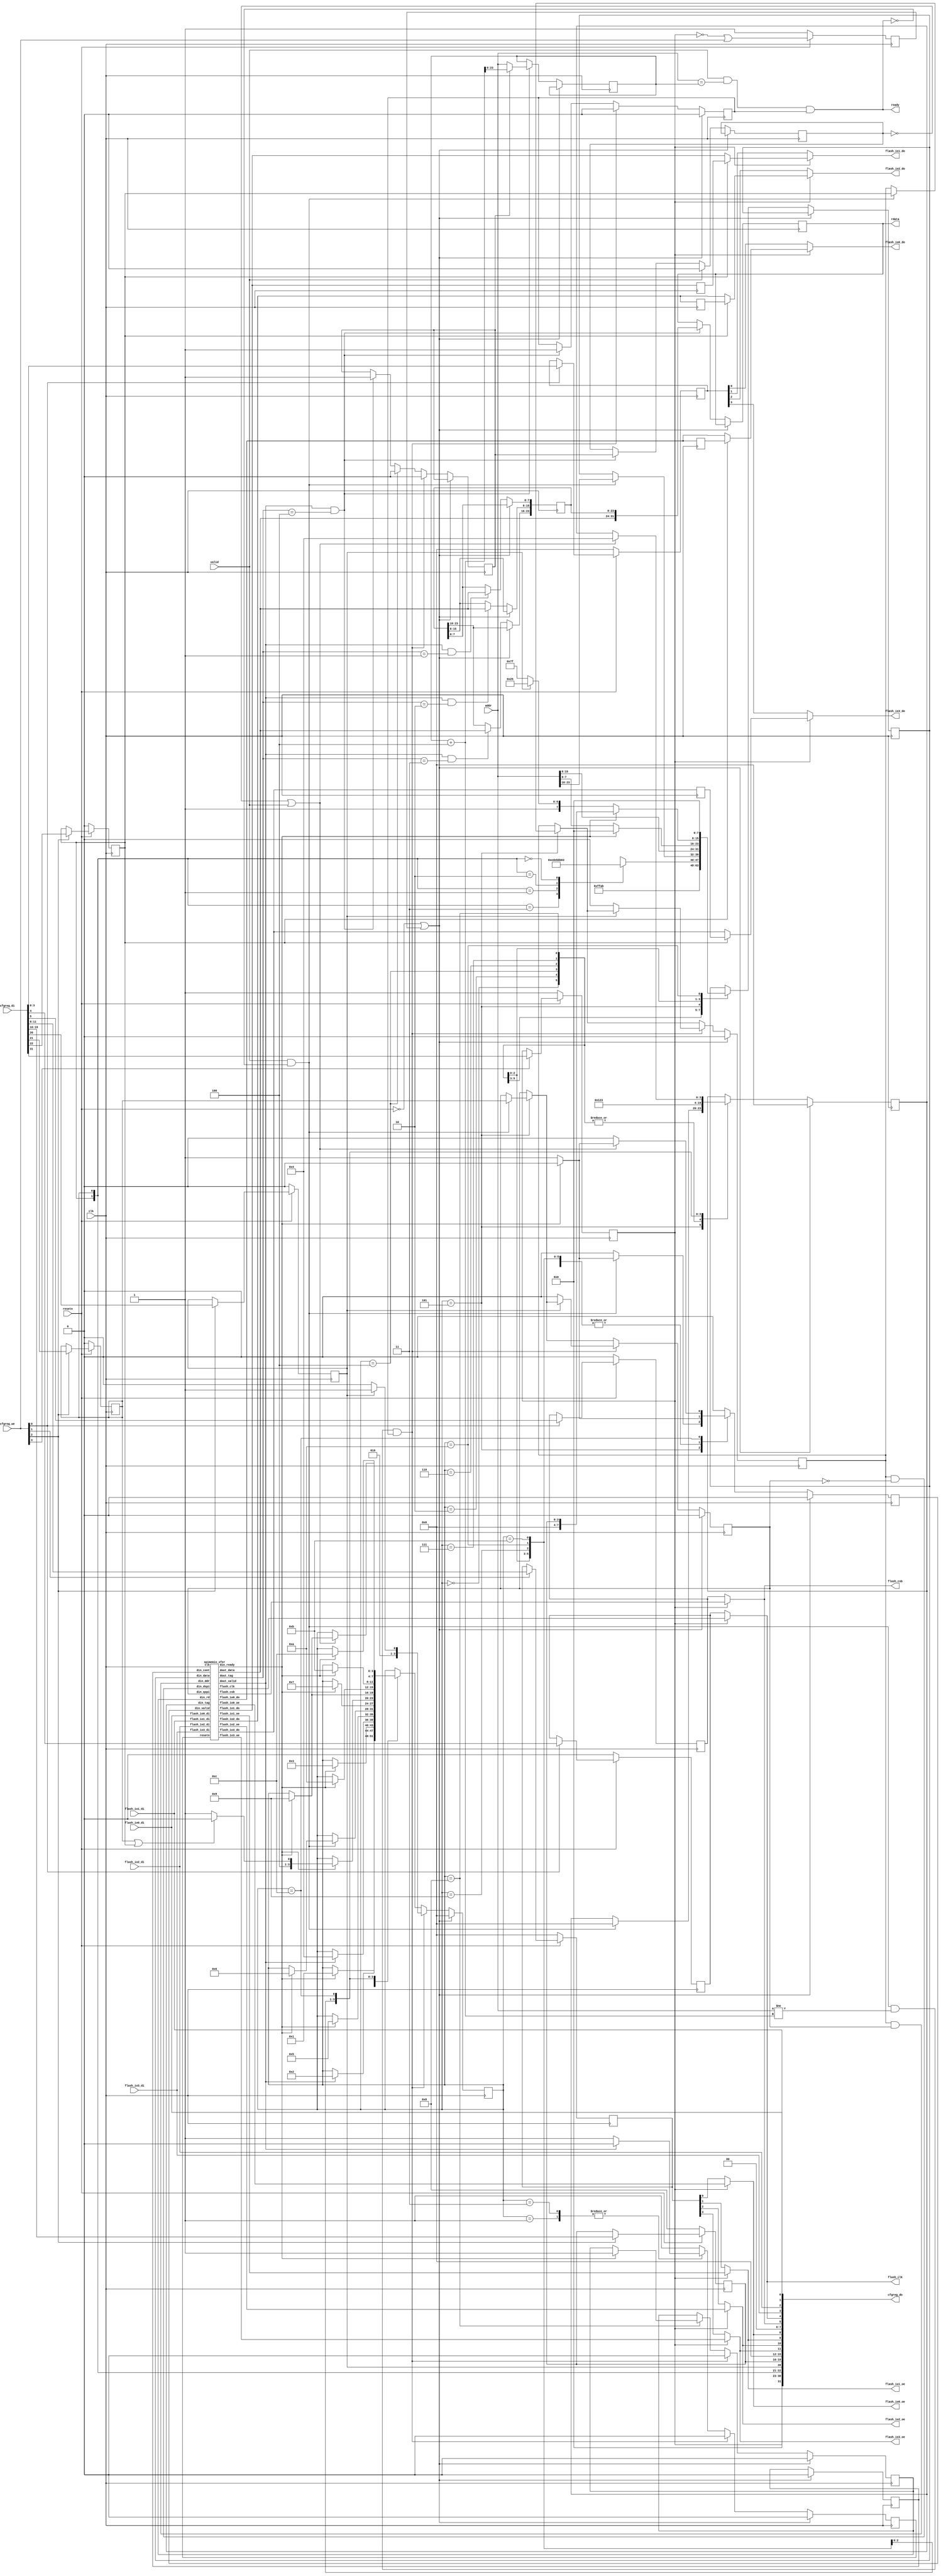
 `timescale 1ns/1ps
//////////////////////////////////////////////////////////////////////////////////
//
// Module Name: spimemio
// Description: QSPI memory controller
//
//
// SPDX-License-Identifier: ISC
//
//////////////////////////////////////////////////////////////////////////////////

/* verilator lint_off WIDTH */
/* verilator lint_off CASEOVERLAP */
/* verilator lint_off CASEINCOMPLETE */
/* verilator lint_off DECLFILENAME */
/* verilator lint_off UNUSEDSIGNAL */

module spimemio (
	input clk, resetn,

	input valid,
	output ready,
	input [23:0] addr,
	output reg [31:0] rdata,

	output flash_csb,
	output flash_clk,

	output flash_io0_oe,
	output flash_io1_oe,
	output flash_io2_oe,
	output flash_io3_oe,

	output flash_io0_do,
	output flash_io1_do,
	output flash_io2_do,
	output flash_io3_do,

	input  flash_io0_di,
	input  flash_io1_di,
	input  flash_io2_di,
	input  flash_io3_di,

	input   [3:0] cfgreg_we,
	input  [31:0] cfgreg_di,
	output [31:0] cfgreg_do
);
	reg        xfer_resetn;
	reg        din_valid;
	wire       din_ready;
	reg  [7:0] din_data;
	reg  [3:0] din_tag;
	reg        din_cont;
	reg        din_qspi;
	reg        din_ddr;
	reg        din_rd;

	wire       dout_valid;
	wire [7:0] dout_data;
	wire [3:0] dout_tag;

	reg [23:0] buffer;

	reg [23:0] rd_addr;
	reg rd_valid;
	reg rd_wait;
	reg rd_inc;

	assign ready = valid && (addr == rd_addr) && rd_valid;
	wire jump = valid && !ready && (addr != rd_addr+4) && rd_valid;

	reg softreset;

	reg       config_en;      // cfgreg[31]
	reg       config_ddr;     // cfgreg[22]
	reg       config_qspi;    // cfgreg[21]
	reg       config_cont;    // cfgreg[20]
	reg [3:0] config_dummy;   // cfgreg[19:16]
	reg [3:0] config_oe;      // cfgreg[11:8]
	reg       config_csb;     // cfgreg[5]
	reg       config_clk;     // cfgref[4]
	reg [3:0] config_do;      // cfgreg[3:0]

	assign cfgreg_do[31] = config_en;
	assign cfgreg_do[30:23] = 0;
	assign cfgreg_do[22] = config_ddr;
	assign cfgreg_do[21] = config_qspi;
	assign cfgreg_do[20] = config_cont;
	assign cfgreg_do[19:16] = config_dummy;
	assign cfgreg_do[15:12] = 0;
	assign cfgreg_do[11:8] = {flash_io3_oe, flash_io2_oe, flash_io1_oe, flash_io0_oe};
	assign cfgreg_do[7:6] = 0;
	assign cfgreg_do[5] = flash_csb;
	assign cfgreg_do[4] = flash_clk;
	assign cfgreg_do[3:0] = {flash_io3_di, flash_io2_di, flash_io1_di, flash_io0_di};

	always @(posedge clk) begin
		softreset <= !config_en || cfgreg_we;
		if (!resetn) begin
			softreset <= 1;
			config_en <= 1;
			config_csb <= 0;
			config_clk <= 0;
			config_oe <= 0;
			config_do <= 0;
			config_ddr <= 0;
			config_qspi <= 0;
			config_cont <= 0;
			config_dummy <= 8;
		end else begin
			if (cfgreg_we[0]) begin
				config_csb <= cfgreg_di[5];
				config_clk <= cfgreg_di[4];
				config_do <= cfgreg_di[3:0];
			end
			if (cfgreg_we[1]) begin
				config_oe <= cfgreg_di[11:8];
			end
			if (cfgreg_we[2]) begin
				config_ddr <= cfgreg_di[22];
				config_qspi <= cfgreg_di[21];
				config_cont <= cfgreg_di[20];
				config_dummy <= cfgreg_di[19:16];
			end
			if (cfgreg_we[3]) begin
				config_en <= cfgreg_di[31];
			end
		end
	end

	wire xfer_csb;
	wire xfer_clk;

	wire xfer_io0_oe;
	wire xfer_io1_oe;
	wire xfer_io2_oe;
	wire xfer_io3_oe;

	wire xfer_io0_do;
	wire xfer_io1_do;
	wire xfer_io2_do;
	wire xfer_io3_do;

	reg xfer_io0_90;
	reg xfer_io1_90;
	reg xfer_io2_90;
	reg xfer_io3_90;

	always @(negedge clk) begin
		xfer_io0_90 <= xfer_io0_do;
		xfer_io1_90 <= xfer_io1_do;
		xfer_io2_90 <= xfer_io2_do;
		xfer_io3_90 <= xfer_io3_do;
	end

	assign flash_csb = config_en ? xfer_csb : config_csb;
	assign flash_clk = config_en ? xfer_clk : config_clk;

	assign flash_io0_oe = config_en ? xfer_io0_oe : config_oe[0];
	assign flash_io1_oe = config_en ? xfer_io1_oe : config_oe[1];
	assign flash_io2_oe = config_en ? xfer_io2_oe : config_oe[2];
	assign flash_io3_oe = config_en ? xfer_io3_oe : config_oe[3];

	assign flash_io0_do = config_en ? (config_ddr ? xfer_io0_90 : xfer_io0_do) : config_do[0];
	assign flash_io1_do = config_en ? (config_ddr ? xfer_io1_90 : xfer_io1_do) : config_do[1];
	assign flash_io2_do = config_en ? (config_ddr ? xfer_io2_90 : xfer_io2_do) : config_do[2];
	assign flash_io3_do = config_en ? (config_ddr ? xfer_io3_90 : xfer_io3_do) : config_do[3];

	wire xfer_dspi = din_ddr && !din_qspi;
	wire xfer_ddr = din_ddr && din_qspi;

	spimemio_xfer xfer (
		.clk          (clk         ),
		.resetn       (xfer_resetn ),
		.din_valid    (din_valid   ),
		.din_ready    (din_ready   ),
		.din_data     (din_data    ),
		.din_tag      (din_tag     ),
		.din_cont     (din_cont    ),
		.din_dspi     (xfer_dspi   ),
		.din_qspi     (din_qspi    ),
		.din_ddr      (xfer_ddr    ),
		.din_rd       (din_rd      ),
		.dout_valid   (dout_valid  ),
		.dout_data    (dout_data   ),
		.dout_tag     (dout_tag    ),
		.flash_csb    (xfer_csb    ),
		.flash_clk    (xfer_clk    ),
		.flash_io0_oe (xfer_io0_oe ),
		.flash_io1_oe (xfer_io1_oe ),
		.flash_io2_oe (xfer_io2_oe ),
		.flash_io3_oe (xfer_io3_oe ),
		.flash_io0_do (xfer_io0_do ),
		.flash_io1_do (xfer_io1_do ),
		.flash_io2_do (xfer_io2_do ),
		.flash_io3_do (xfer_io3_do ),
		.flash_io0_di (flash_io0_di),
		.flash_io1_di (flash_io1_di),
		.flash_io2_di (flash_io2_di),
		.flash_io3_di (flash_io3_di)
	);

	reg [3:0] state;

	always @(posedge clk) begin
		xfer_resetn <= 1;
		din_valid <= 0;

		if (!resetn || softreset) begin
			state <= 0;
			xfer_resetn <= 0;
			rd_valid <= 0;
			din_tag <= 0;
			din_cont <= 0;
			din_qspi <= 0;
			din_ddr <= 0;
			din_rd <= 0;
		end else begin
			if (dout_valid && dout_tag == 1) buffer[ 7: 0] <= dout_data;
			if (dout_valid && dout_tag == 2) buffer[15: 8] <= dout_data;
			if (dout_valid && dout_tag == 3) buffer[23:16] <= dout_data;
			if (dout_valid && dout_tag == 4) begin
				rdata <= {dout_data, buffer};
				rd_addr <= rd_inc ? rd_addr + 4 : addr;
				rd_valid <= 1;
				rd_wait <= rd_inc;
				rd_inc <= 1;
			end

			if (valid)
				rd_wait <= 0;

			case (state)
				0: begin
					din_valid <= 1;
					din_data <= 8'h ff;
					din_tag <= 0;
					if (din_ready) begin
						din_valid <= 0;
						state <= 1;
					end
				end
				1: begin
					if (dout_valid) begin
						xfer_resetn <= 0;
						state <= 2;
					end
				end
				2: begin
					din_valid <= 1;
					din_data <= 8'h ab;
					din_tag <= 0;
					if (din_ready) begin
						din_valid <= 0;
						state <= 3;
					end
				end
				3: begin
					if (dout_valid) begin
						xfer_resetn <= 0;
						state <= 4;
					end
				end
				4: begin
					rd_inc <= 0;
					din_valid <= 1;
					din_tag <= 0;
					case ({config_ddr, config_qspi})
						2'b11: din_data <= 8'h ED;
						2'b01: din_data <= 8'h EB;
						2'b10: din_data <= 8'h BB;
						2'b00: din_data <= 8'h 03;
					endcase
					if (din_ready) begin
						din_valid <= 0;
						state <= 5;
					end
				end
				5: begin
					if (valid && !ready) begin
						din_valid <= 1;
						din_tag <= 0;
						din_data <= addr[23:16];
						din_qspi <= config_qspi;
						din_ddr <= config_ddr;
						if (din_ready) begin
							din_valid <= 0;
							state <= 6;
						end
					end
				end
				6: begin
					din_valid <= 1;
					din_tag <= 0;
					din_data <= addr[15:8];
					if (din_ready) begin
						din_valid <= 0;
						state <= 7;
					end
				end
				7: begin
					din_valid <= 1;
					din_tag <= 0;
					din_data <= addr[7:0];
					if (din_ready) begin
						din_valid <= 0;
						din_data <= 0;
						state <= config_qspi || config_ddr ? 8 : 9;
					end
				end
				8: begin
					din_valid <= 1;
					din_tag <= 0;
					din_data <= config_cont ? 8'h A5 : 8'h FF;
					if (din_ready) begin
						din_rd <= 1;
						din_data <= config_dummy;
						din_valid <= 0;
						state <= 9;
					end
				end
				9: begin
					din_valid <= 1;
					din_tag <= 1;
					if (din_ready) begin
						din_valid <= 0;
						state <= 10;
					end
				end
				10: begin
					din_valid <= 1;
					din_data <= 8'h 00;
					din_tag <= 2;
					if (din_ready) begin
						din_valid <= 0;
						state <= 11;
					end
				end
				11: begin
					din_valid <= 1;
					din_tag <= 3;
					if (din_ready) begin
						din_valid <= 0;
						state <= 12;
					end
				end
				12: begin
					if (!rd_wait || valid) begin
						din_valid <= 1;
						din_tag <= 4;
						if (din_ready) begin
							din_valid <= 0;
							state <= 9;
						end
					end
				end
			endcase

			if (jump) begin
				rd_inc <= 0;
				rd_valid <= 0;
				xfer_resetn <= 0;
				if (config_cont) begin
					state <= 5;
				end else begin
					state <= 4;
					din_qspi <= 0;
					din_ddr <= 0;
				end
				din_rd <= 0;
			end
		end
	end
endmodule

module spimemio_xfer (
	input clk, resetn,

	input            din_valid,
	output           din_ready,
	input      [7:0] din_data,
	input      [3:0] din_tag,
	input            din_cont,
	input            din_dspi,
	input            din_qspi,
	input            din_ddr,
	input            din_rd,

	output           dout_valid,
	output     [7:0] dout_data,
	output     [3:0] dout_tag,

	output reg flash_csb,
	output reg flash_clk,

	output reg flash_io0_oe,
	output reg flash_io1_oe,
	output reg flash_io2_oe,
	output reg flash_io3_oe,

	output reg flash_io0_do,
	output reg flash_io1_do,
	output reg flash_io2_do,
	output reg flash_io3_do,

	input      flash_io0_di,
	input      flash_io1_di,
	input      flash_io2_di,
	input      flash_io3_di
);
	reg [7:0] obuffer;
	reg [7:0] ibuffer;

	reg [3:0] count;
	reg [3:0] dummy_count;

	reg xfer_cont;
	reg xfer_dspi;
	reg xfer_qspi;
	reg xfer_ddr;
	reg xfer_ddr_q;
	reg xfer_rd;
	reg [3:0] xfer_tag;
	reg [3:0] xfer_tag_q;

	reg [7:0] next_obuffer;
	reg [7:0] next_ibuffer;
	reg [3:0] next_count;

	reg fetch;
	reg next_fetch;
	reg last_fetch;

	always @(posedge clk) begin
		xfer_ddr_q <= xfer_ddr;
		xfer_tag_q <= xfer_tag;
	end

	assign din_ready = din_valid && resetn && next_fetch;

	assign dout_valid = (xfer_ddr_q ? fetch && !last_fetch : next_fetch && !fetch) && resetn;
	assign dout_data = ibuffer;
	assign dout_tag = xfer_tag_q;

	always @* begin
		flash_io0_oe = 0;
		flash_io1_oe = 0;
		flash_io2_oe = 0;
		flash_io3_oe = 0;

		flash_io0_do = 0;
		flash_io1_do = 0;
		flash_io2_do = 0;
		flash_io3_do = 0;

		next_obuffer = obuffer;
		next_ibuffer = ibuffer;
		next_count = count;
		next_fetch = 0;

		if (dummy_count == 0) begin
			casez ({xfer_ddr, xfer_qspi, xfer_dspi})
				3'b 000: begin
					flash_io0_oe = 1;
					flash_io0_do = obuffer[7];

					if (flash_clk) begin
						next_obuffer = {obuffer[6:0], 1'b 0};
						next_count = count - |count;
					end else begin
						next_ibuffer = {ibuffer[6:0], flash_io1_di};
					end

					next_fetch = (next_count == 0);
				end
				3'b 01?: begin
					flash_io0_oe = !xfer_rd;
					flash_io1_oe = !xfer_rd;
					flash_io2_oe = !xfer_rd;
					flash_io3_oe = !xfer_rd;

					flash_io0_do = obuffer[4];
					flash_io1_do = obuffer[5];
					flash_io2_do = obuffer[6];
					flash_io3_do = obuffer[7];

					if (flash_clk) begin
						next_obuffer = {obuffer[3:0], 4'b 0000};
						next_count = count - {|count, 2'b00};
					end else begin
						next_ibuffer = {ibuffer[3:0], flash_io3_di, flash_io2_di, flash_io1_di, flash_io0_di};
					end

					next_fetch = (next_count == 0);
				end
				3'b 11?: begin
					flash_io0_oe = !xfer_rd;
					flash_io1_oe = !xfer_rd;
					flash_io2_oe = !xfer_rd;
					flash_io3_oe = !xfer_rd;

					flash_io0_do = obuffer[4];
					flash_io1_do = obuffer[5];
					flash_io2_do = obuffer[6];
					flash_io3_do = obuffer[7];

					next_obuffer = {obuffer[3:0], 4'b 0000};
					next_ibuffer = {ibuffer[3:0], flash_io3_di, flash_io2_di, flash_io1_di, flash_io0_di};
					next_count = count - {|count, 2'b00};

					next_fetch = (next_count == 0);
				end
				3'b ??1: begin
					flash_io0_oe = !xfer_rd;
					flash_io1_oe = !xfer_rd;

					flash_io0_do = obuffer[6];
					flash_io1_do = obuffer[7];

					if (flash_clk) begin
						next_obuffer = {obuffer[5:0], 2'b 00};
						next_count = count - {|count, 1'b0};
					end else begin
						next_ibuffer = {ibuffer[5:0], flash_io1_di, flash_io0_di};
					end

					next_fetch = (next_count == 0);
				end
			endcase
		end
	end

	always @(posedge clk) begin
		if (!resetn) begin
			fetch <= 1;
			last_fetch <= 1;
			flash_csb <= 1;
			flash_clk <= 0;
			count <= 0;
			dummy_count <= 0;
			xfer_tag <= 0;
			xfer_cont <= 0;
			xfer_dspi <= 0;
			xfer_qspi <= 0;
			xfer_ddr <= 0;
			xfer_rd <= 0;
		end else begin
			fetch <= next_fetch;
			last_fetch <= xfer_ddr ? fetch : 1;
			if (dummy_count) begin
				flash_clk <= !flash_clk && !flash_csb;
				dummy_count <= dummy_count - flash_clk;
			end else
			if (count) begin
				flash_clk <= !flash_clk && !flash_csb;
				obuffer <= next_obuffer;
				ibuffer <= next_ibuffer;
				count <= next_count;
			end
			if (din_valid && din_ready) begin
				flash_csb <= 0;
				flash_clk <= 0;

				count <= 8;
				dummy_count <= din_rd ? din_data : 0;
				obuffer <= din_data;

				xfer_tag <= din_tag;
				xfer_cont <= din_cont;
				xfer_dspi <= din_dspi;
				xfer_qspi <= din_qspi;
				xfer_ddr <= din_ddr;
				xfer_rd <= din_rd;
			end
		end
	end
endmodule

/* verilator lint_on CASEOVERLAP */
/* verilator lint_on CASEINCOMPLETE */
/* verilator lint_on WIDTH */
/* verilator lint_on DECLFILENAME */
/* verilator lint_on UNUSEDSIGNAL */